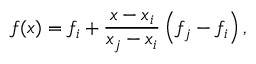
f ( x ) = f _ { i } + \frac { x - x _ { i } } { x _ { j } - x _ { i } } \left( f _ { j } - f _ { i } \right) ,